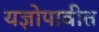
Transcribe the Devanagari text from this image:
यज्ञोपावीत